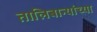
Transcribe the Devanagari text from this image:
तालिबान्यांच्या